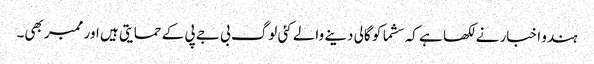
ہندو اخبار نے لکھا ہے کہ سشما کو گالی دینے والے کئی لوگ بی جے پی کے حمایتی ہیں اور ممبر بھی۔